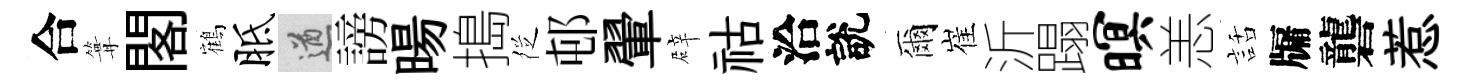
合篝閣鶴胝遒謗暘搗徔邨翬辟祜洽說爾崔沂蹋暝恙話牖礱惹